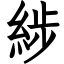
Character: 𦁗